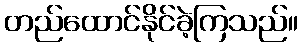
တည်ထောင်နိုင်ခဲ့ကြသည်။